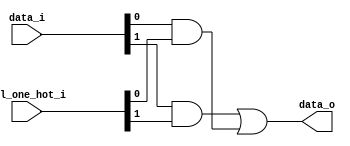
module bsg_mux_one_hot_width_p1_els_p2
(
  data_i,
  sel_one_hot_i,
  data_o
);

  input [1:0] data_i;
  input [1:0] sel_one_hot_i;
  output [0:0] data_o;
  wire [0:0] data_o;
  wire [1:0] data_masked;
  assign data_masked[0] = data_i[0] & sel_one_hot_i[0];
  assign data_masked[1] = data_i[1] & sel_one_hot_i[1];
  assign data_o[0] = data_masked[1] | data_masked[0];

endmodule